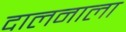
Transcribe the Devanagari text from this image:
दालनाला